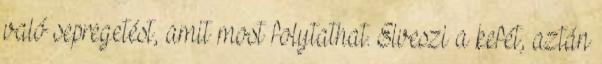
való sepregetést, amit most folytathat. Elveszi a kefét, aztán